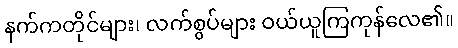
နက်ကတိုင်များ၊ လက်စွပ်များ ဝယ်ယူကြကုန်လေ၏။